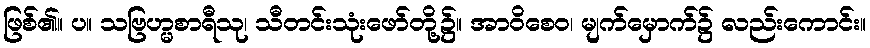
ဖြစ်၏။ ပ။ သဗြဟ္မစာရီသု၊ သီတင်းသုံးဖော်တို့၌။ အာဝိစေဝ၊ မျက်မှောက်၌ လည်းကောင်း။